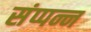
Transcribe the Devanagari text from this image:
संप्पन्न